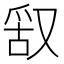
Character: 𠭖